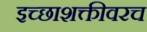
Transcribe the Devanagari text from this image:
इच्छाशक्तीवरच